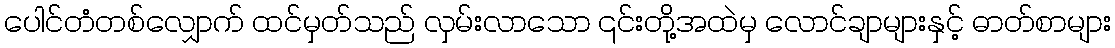
ပေါင်တံတစ်လျှောက် ထင်မှတ်သည် လှမ်းလာသော ၎င်းတို့အထဲမှ လောင်ချာများနှင့် ဓာတ်စာများ